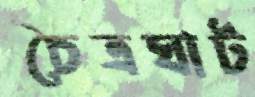
চৈত্রঘাট